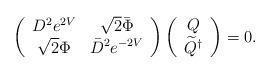
\begin{align*}\left( \begin{array}{cc} D^2 e^{2V} & \sqrt{2} \bar{\Phi} \\ \sqrt{2} \Phi & \bar{D}^2 e^{-2V} \end{array} \right) \left(\begin{array}{c}Q\\ \widetilde{Q}^{\dagger}\end{array} \right) = 0.\end{align*}